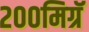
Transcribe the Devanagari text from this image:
२००मिग्रॅ